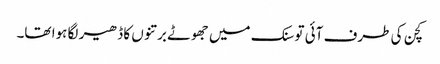
کچن کی طرف آئی تو سنک میں جھوٹے برتنوں کا ڈھیر لگا ہوا تھا۔